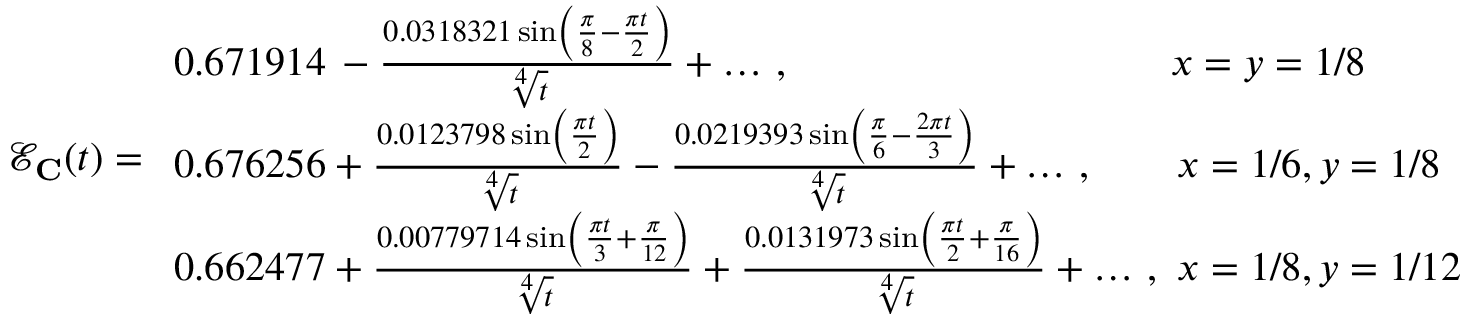
\mathcal { E } _ { \mathbf { C } } ( t ) = \begin{array} { l } { 0 . 6 7 1 9 1 4 \, - \frac { 0 . 0 3 1 8 3 2 1 \sin \left( \frac { \pi } { 8 } - \frac { \pi t } { 2 } \right) } { \sqrt [ 4 ] { t } } + \dots \, , ~ ~ ~ ~ ~ ~ ~ ~ ~ ~ ~ ~ ~ ~ ~ ~ ~ ~ ~ ~ ~ ~ ~ ~ ~ ~ ~ ~ x = y = 1 / 8 } \\ { 0 . 6 7 6 2 5 6 + \frac { 0 . 0 1 2 3 7 9 8 \sin \left( \frac { \pi t } { 2 } \right) } { \sqrt [ 4 ] { t } } - \frac { 0 . 0 2 1 9 3 9 3 \sin \left( \frac { \pi } { 6 } - \frac { 2 \pi t } { 3 } \right) } { \sqrt [ 4 ] { t } } + \dots \, , ~ ~ ~ ~ ~ ~ x = 1 / 6 , y = 1 / 8 } \\ { 0 . 6 6 2 4 7 7 + \frac { 0 . 0 0 7 7 9 7 1 4 \sin \left( \frac { \pi t } { 3 } + \frac { \pi } { 1 2 } \right) } { \sqrt [ 4 ] { t } } + \frac { 0 . 0 1 3 1 9 7 3 \sin \left( \frac { \pi t } { 2 } + \frac { \pi } { 1 6 } \right) } { \sqrt [ 4 ] { t } } + \dots \, , ~ x = 1 / 8 , y = 1 / 1 2 } \end{array}